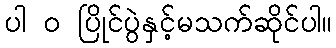
ပါ ၀ ပြိုင်ပွဲနှင့်မသက်ဆိုင်ပါ။